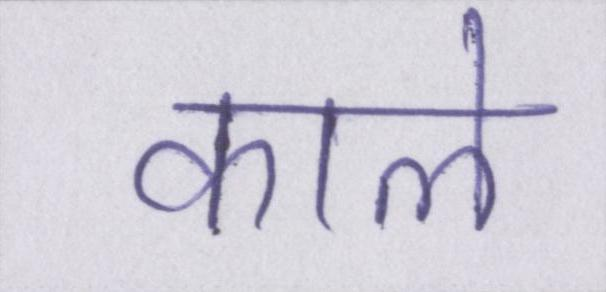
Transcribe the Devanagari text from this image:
काले